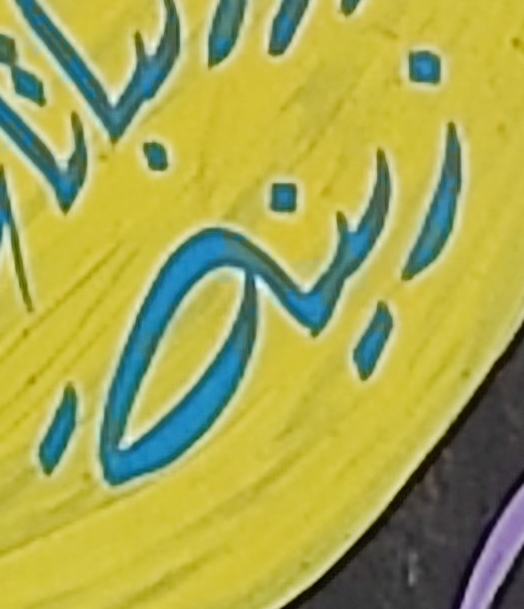
زينة